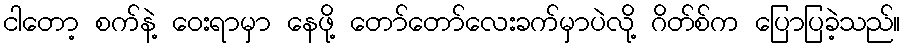
ငါတော့ စက်နဲ့ ဝေးရာမှာ နေဖို့ တော်တော်လေးခက်မှာပဲလို့ ဂိတ်စ်က ပြောပြခဲ့သည်။